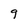
Character: 9